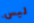
ليس